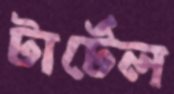
টার্টেল